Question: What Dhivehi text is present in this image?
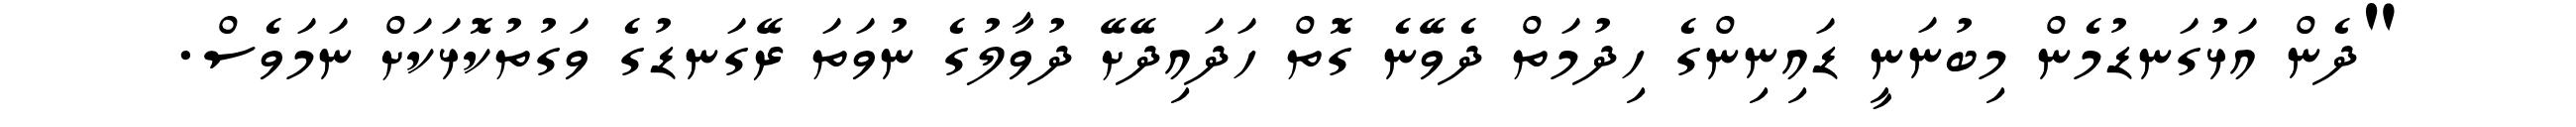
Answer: "ދެން އަޅުގަނޑުމެން މިބުނަނީ ޑައިނިންގެ ހިދުމަތް ދެވޭނެ ގޮތް ހަދައިދޭށޭ ދުވާލުގެ ނުވަތަ ރޭގަނޑުގެ ވަގުތުކޮޅަކަށް ނަމަވެސް.